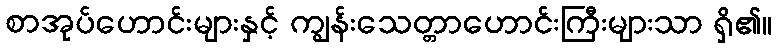
စာအုပ်ဟောင်းများနှင့် ကျွန်းသေတ္တာဟောင်းကြီးများသာ ရှိ၏။